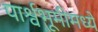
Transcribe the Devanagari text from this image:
पार्श्वभूमीमध्ये